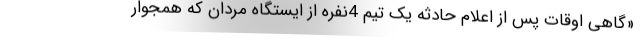
«گاهی اوقات پس از اعلام حادثه یک تیم 4نفره از ایستگاه مردان که همجوار